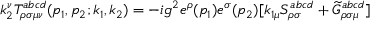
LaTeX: k _ { 2 } ^ { \nu } T _ { \rho \sigma \mu \nu } ^ { a b c d } ( p _ { 1 } , p _ { 2 } ; k _ { 1 } , k _ { 2 } ) = - i g ^ { 2 } e ^ { \rho } ( p _ { 1 } ) e ^ { \sigma } ( p _ { 2 } ) [ k _ { 1 \mu } S _ { \rho \sigma } ^ { a b c d } + \widetilde { G } _ { \rho \sigma \mu } ^ { a b c d } ]